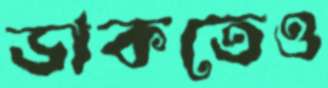
ডাকতেও